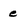
Character: e